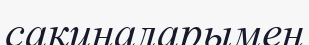
сақиналарымен